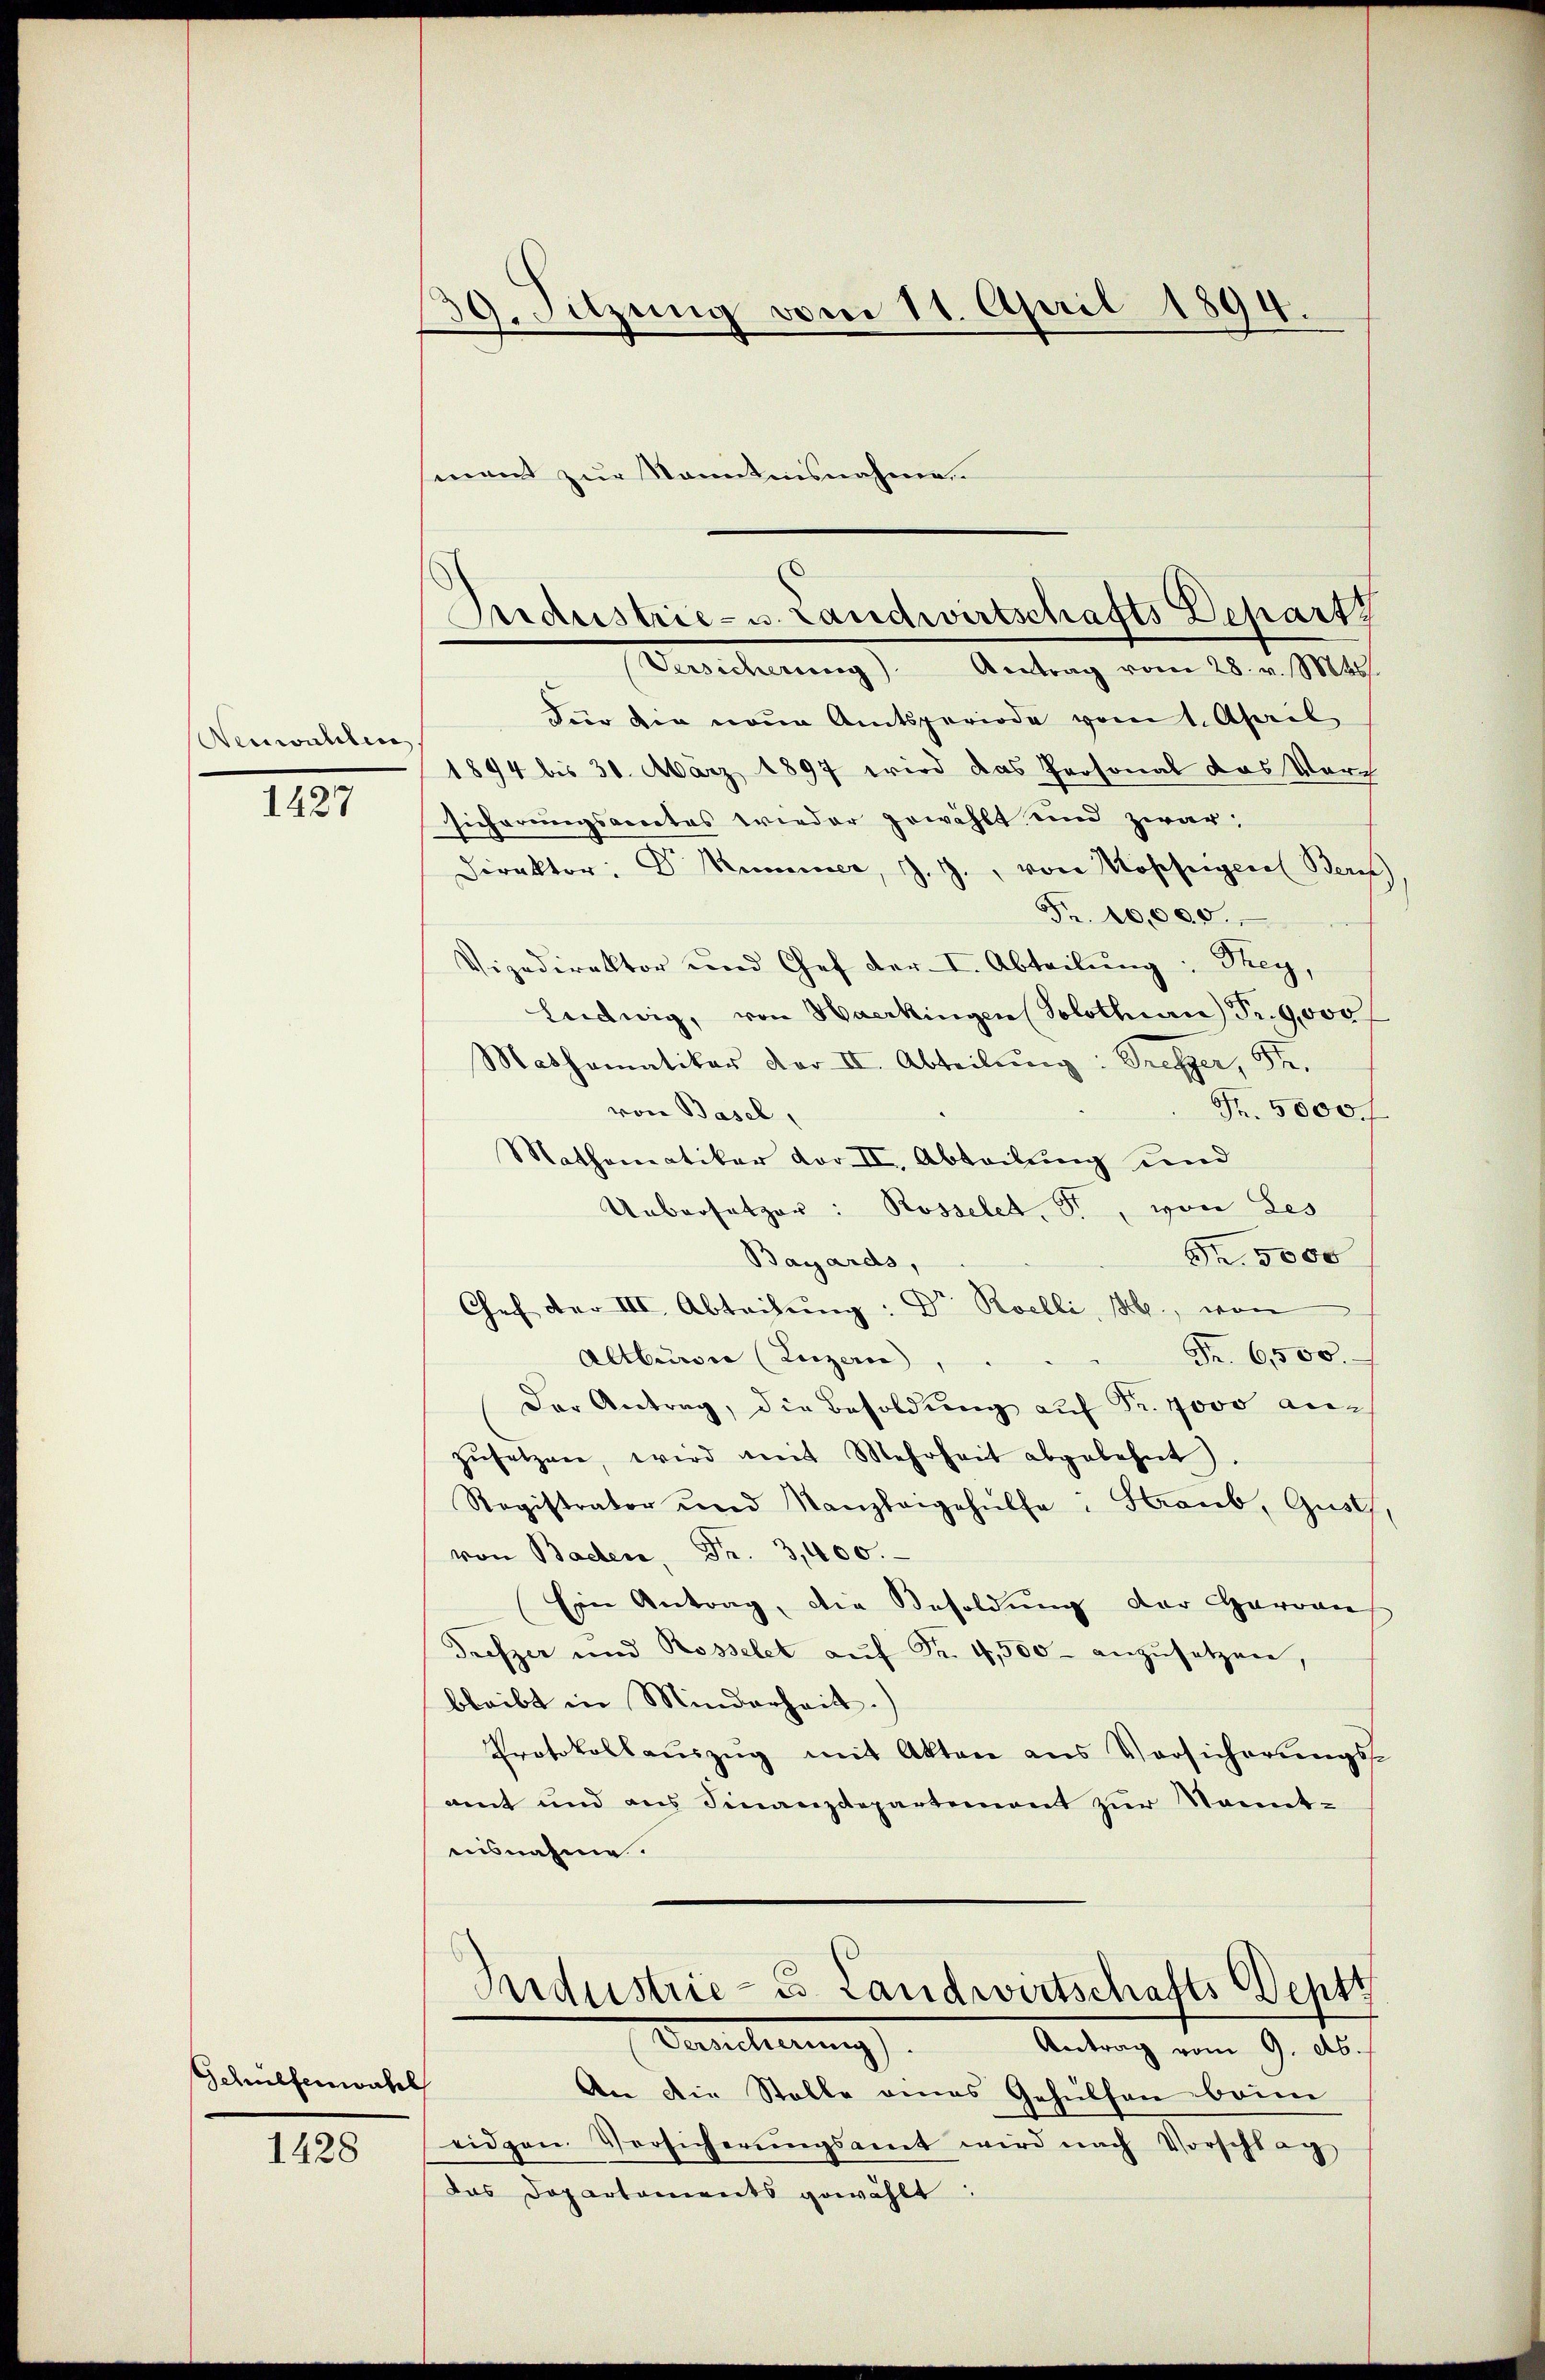
Neuwahlen.
1427

Schülfenwasch

1428

39. Sitzung vom 11. April 1894.

smnent zur Kenntnisnahme.

Für die neue Amtsperiode vom 1. April,
1894 bis 30. März 1897 wird das Personal das Vorsicherungsaccetas wieder gewählt und zwar:
Direktor: Dr. Kummer, J. J., von Kosheigere Bern)
Fr. 10,000.
Vizedirektor und Chef der I. Abteilung: They,
Ludwig, von Haerkingen (Solothurn Fr. 9000
Mathematiker dar II. Abteilŭng: Treffer, St.
Fr. 5000 f
von Basel,
Mathematiker vor II, Abteilung und
Uebersetzer: Rosselet, et, von Les
Fr. 5000
Bayards,
Chef der III. Abteilŭng: Dr. Roelli, M. von
Fr. 6500.
Altburger (Luzern,
Der Antrag, die Besoldung auf Fr. Jovo auch
zusetzen, wird mit Mehrheit abgelehnt
Registrator und Kanzleigehülfe: Staub, Gust,
von Bachen Fr. 3,400.
Ein Antrag, die Besoldung der Harraus
Trefzer und Rosselet aŭf Fr. 4,500 anzŭsetzen,
bleibt in Minderheit.)
Protokollauszug mit Akten aus Vorsicherungsamt und aus Finanzdepartement zur Sonnt-
aisnahme.

Industrie- u. Landwirtschafts Departz
Berecherung). Antrag vom 28. v. Mtt.

Industrie - u. Landwirtschafts Deptt
Berecherung
Antrag vom 9. ds.
¬
An die Stelle eines Gehülfen beim

eidgen. Vorsicherŭngsamt wird nach Vorschlag
das Departements gewählt: